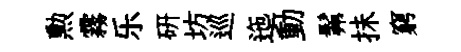
勲霧乐硏坊巡迤動髴抺窮